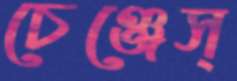
চেঞ্জেস্